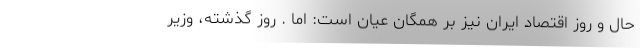
حال و روز اقتصاد ایران نیز بر همگان عیان است: اما . روز گذشته، وزیر